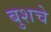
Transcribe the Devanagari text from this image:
बुशचे